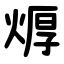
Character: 㷞